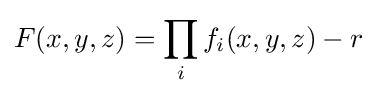
F(x,y,z)=\prod _{i}f_{i}(x,y,z)-r